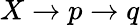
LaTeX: X\rightarrow p\rightarrow q